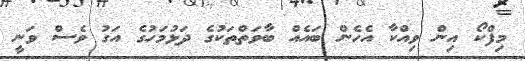
މިފްކޯ އިން ވިއްކާ އެހެން ބައެއް ބާވަތްތަކުގެ ދަޅުމަހުގެ އަގު ވެސް ވަނީ